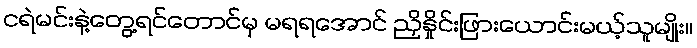
ငရဲမင်းနဲ့တွေ့ရင်တောင်မှ မရရအောင် ညှိနှိုင်းဖြားယောင်းမယ့်သူမျိုး။